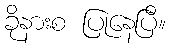
ခိုနားစ ပြုနေပြီ။